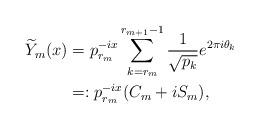
LaTeX: \begin{align*}\widetilde{Y}_m(x)&=p_{r_m}^{-ix}\sum_{k=r_m}^{r_{m+1}-1}\frac{1}{\sqrt{p_k}}e^{2\pi i\theta_k}\\ &=:p_{r_m}^{-ix}(C_m+iS_m),\end{align*}